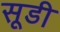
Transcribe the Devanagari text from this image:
सूडी